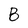
Character: B